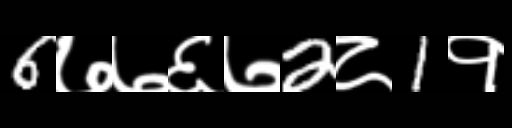
Text: 6७७६७2८1१